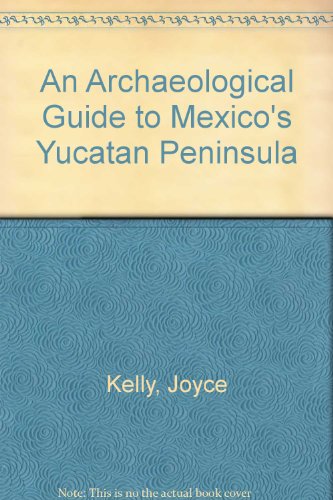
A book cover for An Archaeological Guide to Mexico's Yucatan Peninsula; Joyce Kelly; Travel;